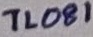
Text: TL081